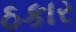
ઠકાર